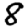
Digit: 8